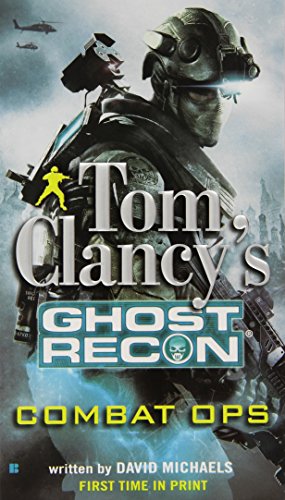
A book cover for Combat Ops (Tom Clancy's Ghost Recon, Book 2); David Michaels; Literature & Fiction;